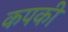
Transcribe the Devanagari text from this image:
कपकी